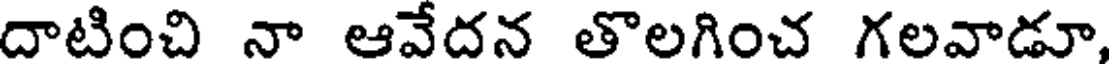
దాటించి నా ఆవేదన తొలగించ గలవాడూ,